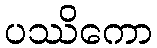
ပဿိကော